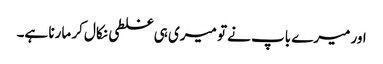
اور میرے باپ نے تو میری ہی غلطی نکال کر مارنا ہے۔